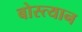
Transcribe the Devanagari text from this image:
बोस्त्यान